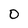
Character: D